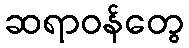
ဆရာဝန်တွေ